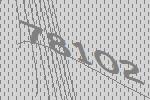
78102